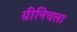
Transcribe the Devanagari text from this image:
ग्रीनिचला